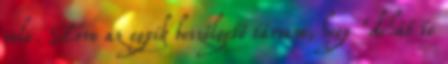
vele. Erre az egyik beszélgető társam, hogy "dehát te